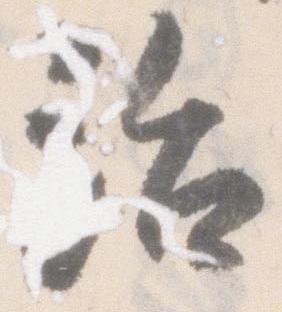
治